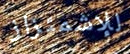
للإشمئزاز